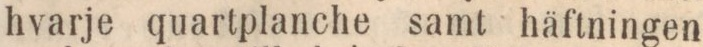
hvarje quartplanche samt häftningen